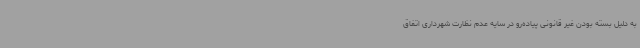
به دلیل بسته بودن غیر قانونی پیاده‌رو در سایه عدم نظارت شهرداری اتفاق